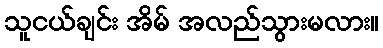
သူငယ်ချင်း အိမ် အလည်သွားမလား။